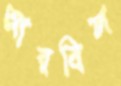
আরবিল